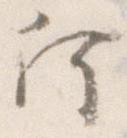
何